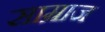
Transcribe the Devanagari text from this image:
साम्राज